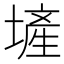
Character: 𪤕